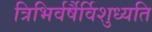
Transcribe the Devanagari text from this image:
त्रिभिर्वर्षैर्विशुध्यति